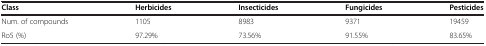
| Class | Herbicides | Insecticides | Fungicides | Pesticides |
 | --- | --- | --- | --- | --- |
 | Num. of compounds | 1105 | 8983 | 9371 | 19459 |
 | Ro5 (%) | 97.29% | 73.56% | 91.55% | 83.65% |